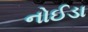
નોઈડા